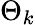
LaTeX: \Theta_{k}